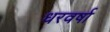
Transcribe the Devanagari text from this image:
धरवर्षा